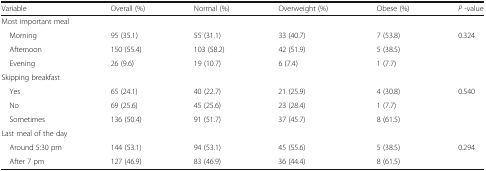
<table><thead><tr><td><b>Variable</b></td><td><b>Overall (%)</b></td><td><b>Normal (%)</b></td><td><b>Overweight (%)</b></td><td><b>Obese (%)</b></td><td><b><i>P</i> -value</b></td></tr></thead><tbody><tr><td colspan="6">Most important meal</td></tr><tr><td> Morning</td><td>95 (35.1)</td><td>55 (31.1)</td><td>33 (40.7)</td><td>7 (53.8)</td><td rowspan="3">0.324</td></tr><tr><td> Afternoon</td><td>150 (55.4)</td><td>103 (58.2)</td><td>42 (51.9)</td><td>5 (38.5)</td></tr><tr><td> Evening</td><td>26 (9.6)</td><td>19 (10.7)</td><td>6 (7.4)</td><td>1 (7.7)</td></tr><tr><td colspan="6">Skipping breakfast</td></tr><tr><td> Yes</td><td>65 (24.1)</td><td>40 (22.7)</td><td>21 (25.9)</td><td>4 (30.8)</td><td rowspan="2">0.540</td></tr><tr><td> No</td><td>69 (25.6)</td><td>45 (25.6)</td><td>23 (28.4)</td><td>1 (7.7)</td></tr><tr><td> Sometimes</td><td>136 (50.4)</td><td>91 (51.7)</td><td>37 (45.7)</td><td>8 (61.5)</td><td></td></tr><tr><td colspan="6">Last meal of the day</td></tr><tr><td> Around 5:30 pm</td><td>144 (53.1)</td><td>94 (53.1)</td><td>45 (55.6)</td><td>5 (38.5)</td><td rowspan="2">0.294</td></tr><tr><td> After 7 pm</td><td>127 (46.9)</td><td>83 (46.9)</td><td>36 (44.4)</td><td>8 (61.5)</td></tr></tbody></table>